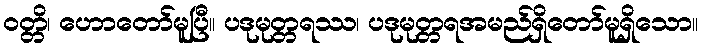
ဝတ္တိ၊ ဟောတော်မူပြီ။ ပဒုမုတ္တရဿ၊ ပဒုမုတ္တရအမည်ရှိတော်မူရှိသော။